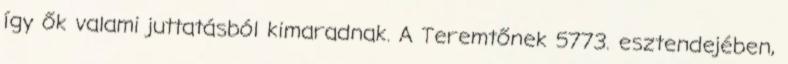
így ők valami juttatásból kimaradnak. A Teremtőnek 5773. esztendejében,